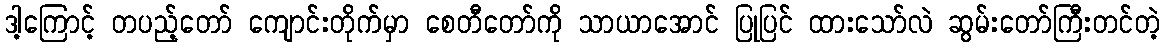
ဒါ့ကြောင့် တပည့်တော် ကျောင်းတိုက်မှာ စေတီတော်ကို သာယာအောင် ပြုပြင် ထားသော်လဲ ဆွမ်းတော်ကြီးတင်တဲ့